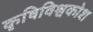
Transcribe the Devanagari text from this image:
कृषिविश्वकोश